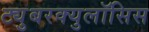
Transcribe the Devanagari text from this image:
ट्युुबरक्युलॉसिस